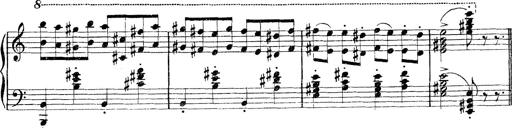
Title: Rapsodie: 19 ungheresi, 1 spagnuola
Composer: Franz Liszt